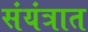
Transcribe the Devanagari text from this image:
संयंत्रात